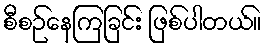
စီစဉ်နေကြခြင်း ဖြစ်ပါတယ်။